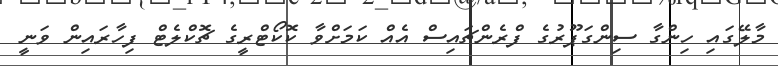
މާލޭގައި ހިންގާ ސިންގަޕޫރުގެ ފްރެންޗައިސް އެއް ކަމަށްވާ ކޮކޯޓްރީގެ ޗޮކްލެޓް ފިހާރައިން ވަނީ